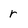
Character: r